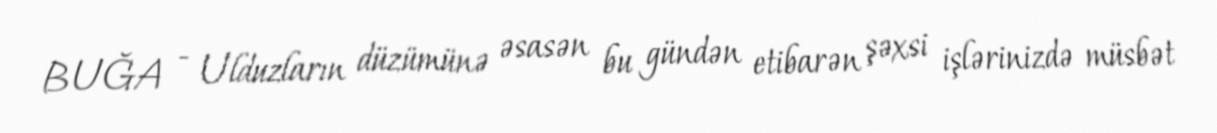
BUĞA - Ulduzların düzümünə əsasən bu gündən etibarən şəxsi işlərinizdə müsbət